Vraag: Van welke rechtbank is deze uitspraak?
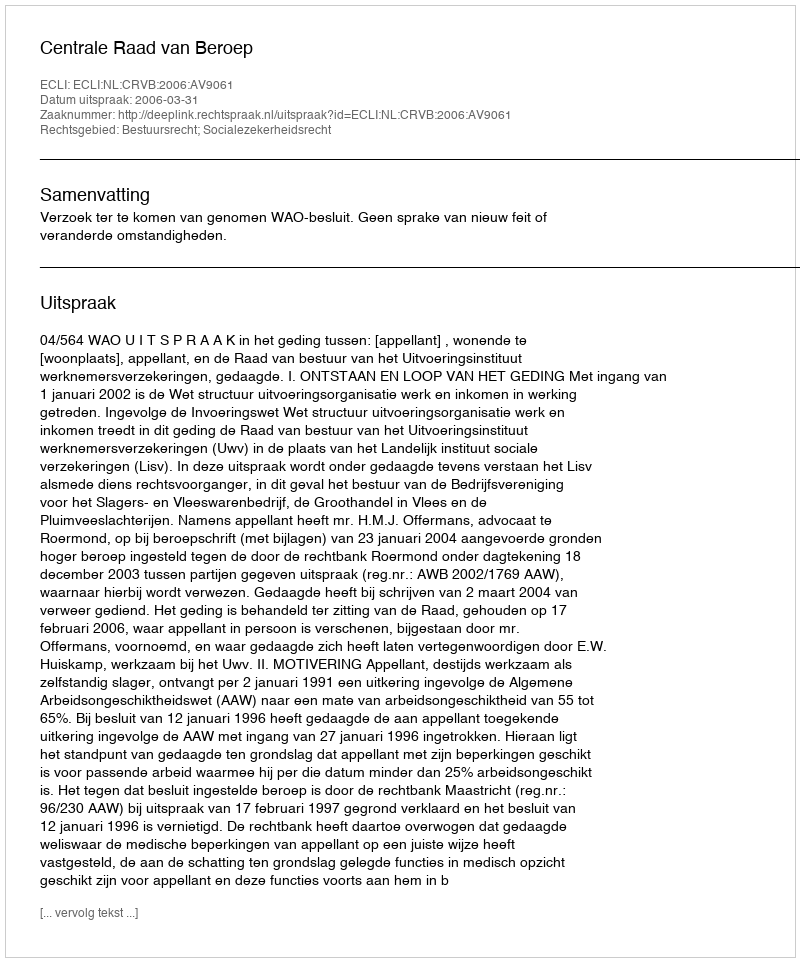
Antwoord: Centrale Raad van Beroep